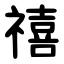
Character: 禧